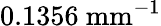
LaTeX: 0.1356\ \mathrm{mm}^{-1}